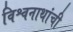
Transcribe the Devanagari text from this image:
विश्वनाथांची